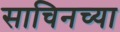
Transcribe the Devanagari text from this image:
साचिनच्या